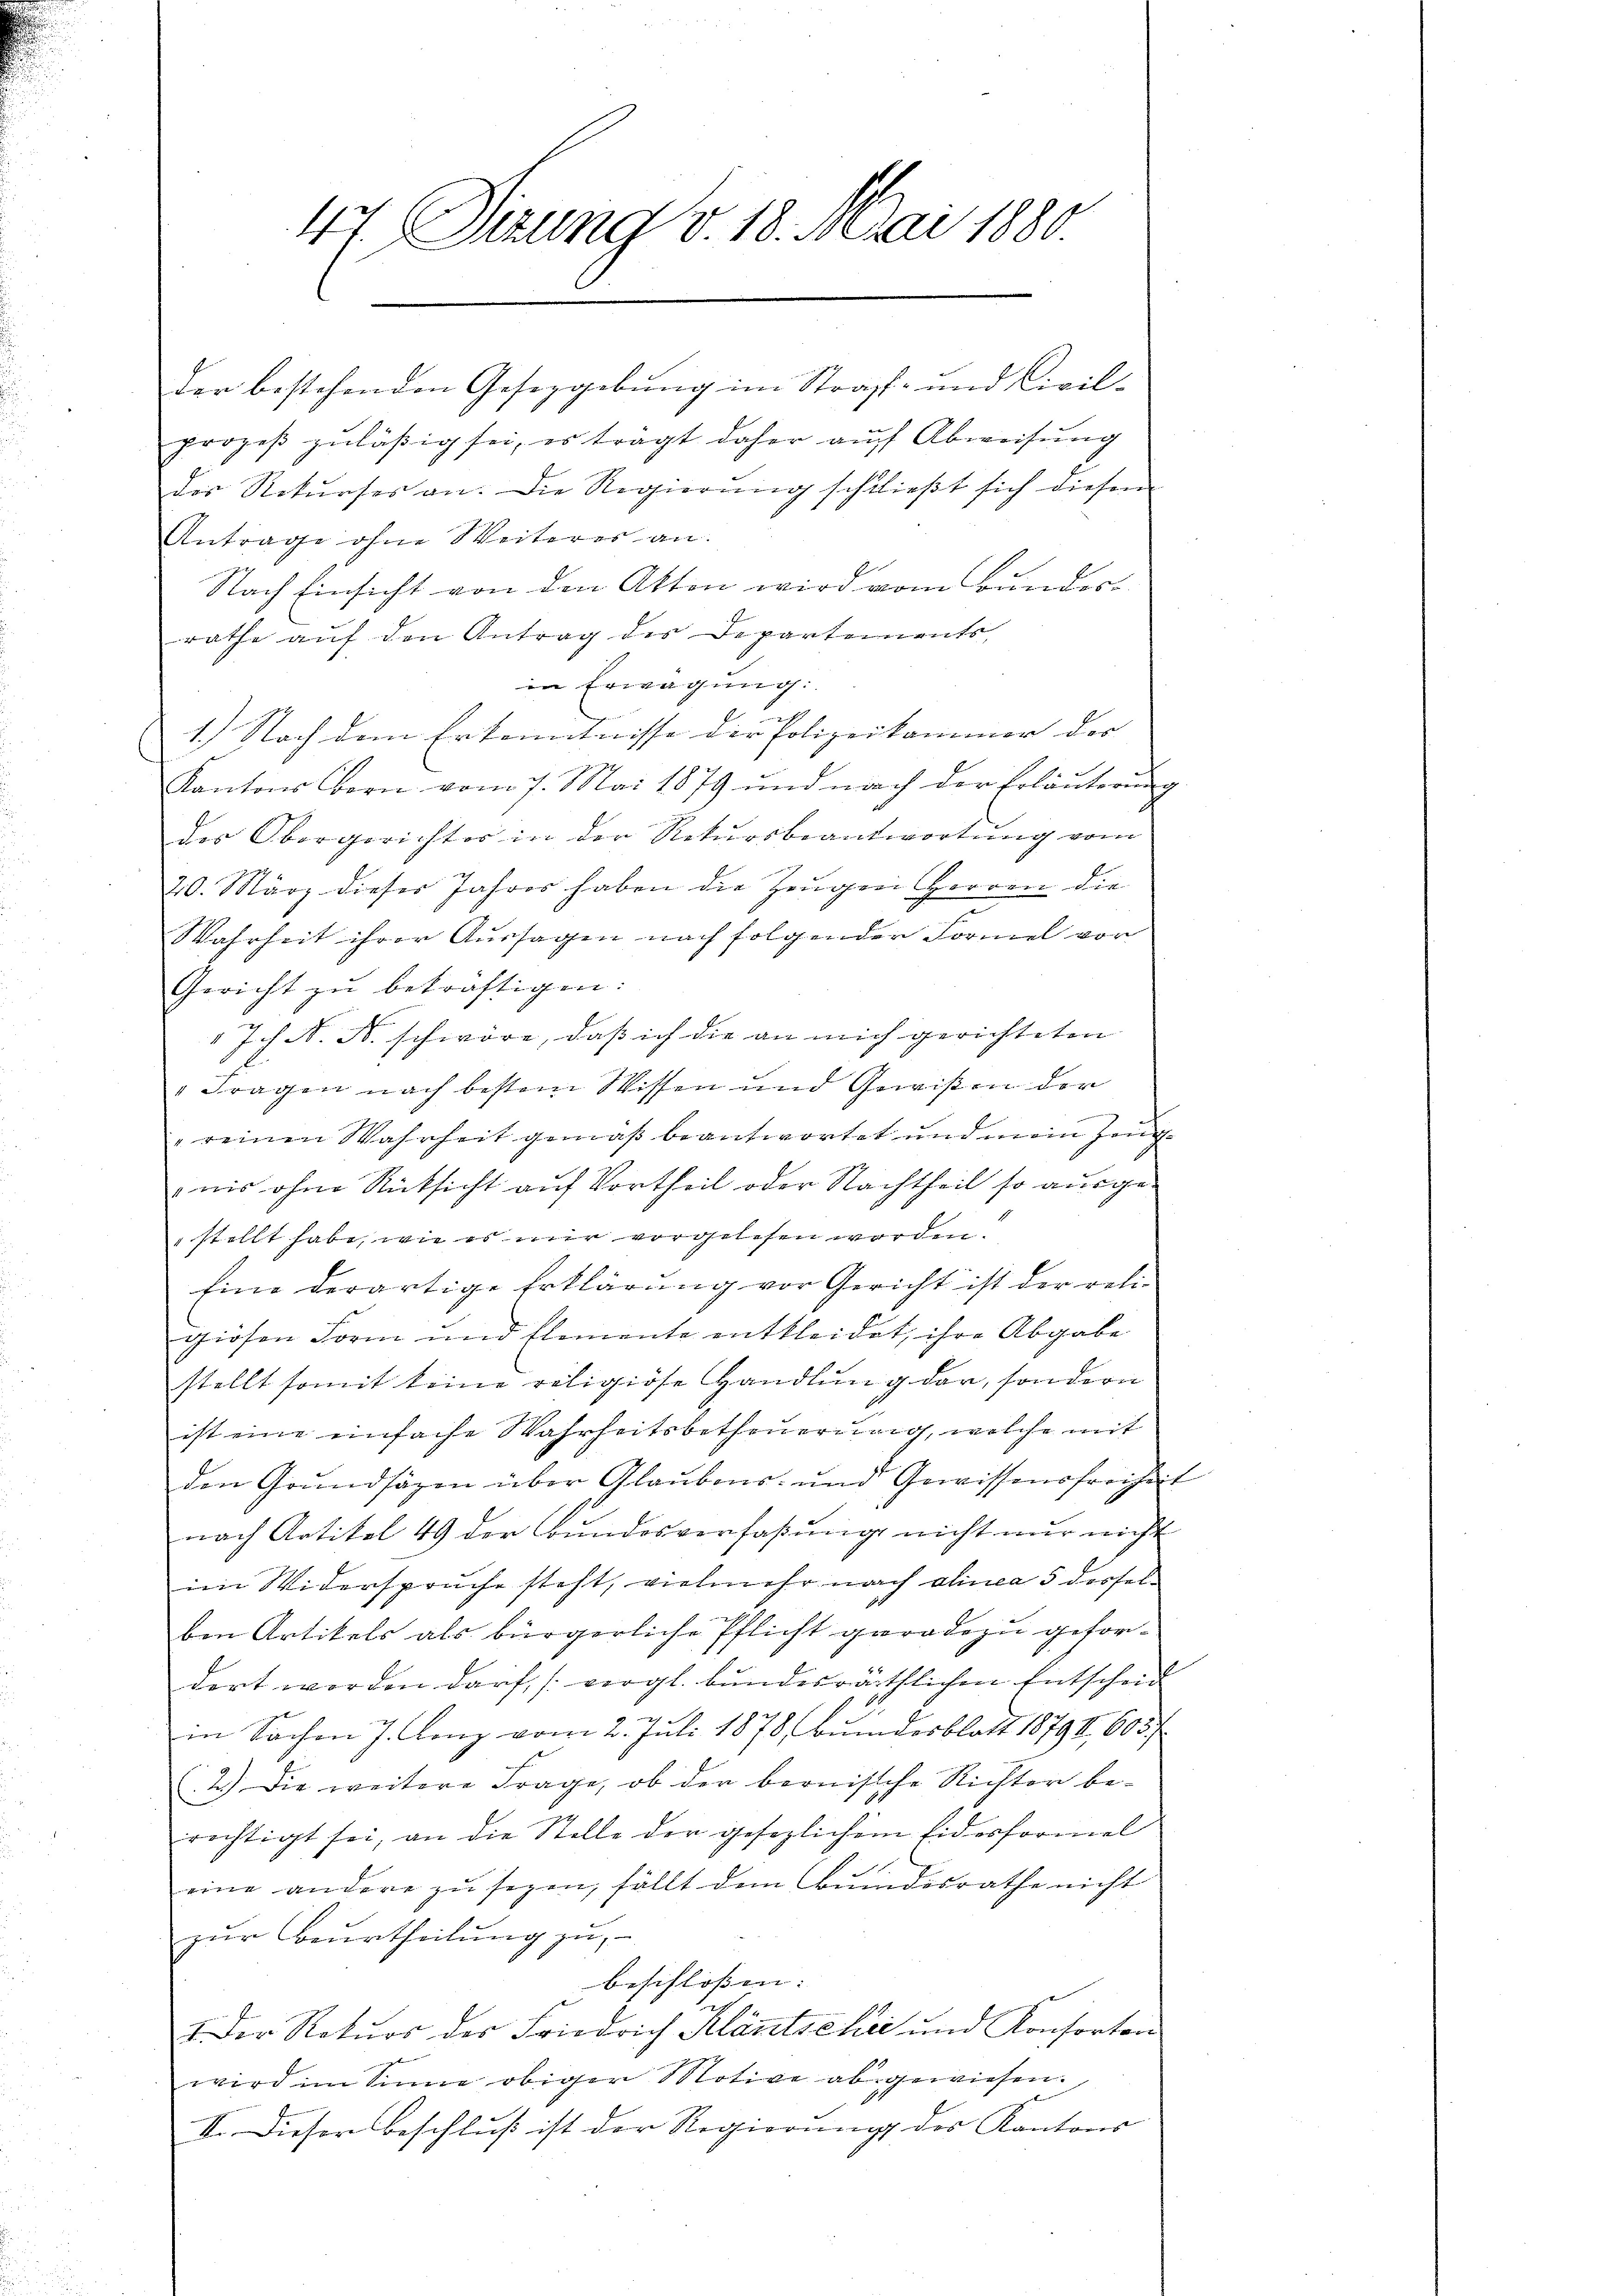
47 Sizung v. 18. Mai 1880.

der bestehenden Gesetzgebung im Straf- und Civil-
prozeβ zuläßig sei, es trägt daher auch Abweisung
das Rekurses an. Die Regierung schließt sich diesem
Antrage ohne Weiteres an.
Nach Einsicht von den Akten wird vom Bundes-
rathe auf den Antrag des Departements,
in Erwägung:
u
1.) Nach dem Erkenntnisse der Polizeikammer der |
Kantons Corn vom 7. Mai 1879 und nach der Erläuterŭng
des Obergerichter in der Rekursbeantwortung vom
20. März dieser Jahres haben die Zeugen Herren die
Wahrheit ihrer Aussagen nach folgender Formel vor
Gericht zu bekräftigen:
Ich. N. N. schwäre, daß ich die an mich gerichteten
" Fragen nach bestem Wissen und Gewißen der

reinen Wahrheit gemäß beantwortet und mein Zeugnis ohne Rücksicht auf Vortheil oder Nachtheil so ausge-
stellt habe, wie es mir vorgelesen worden.
Eine derartige Erklärung vor Gericht ist der reli-
giösen Form und Elemente entkleidet, ihre Abgabe
stellt somit keine religiöse Handlung der, sondern
ist eine einfache Wahrheitsbetheuerung, welche mit
den Grundsätzen über Glaubens- und Gewissensfreiheit
nach Artikel 49 der Bundesverfaßungs nicht nur nicht
im Widerspruche steht, vielmehr nach alinea 5 derselben Artikels als bürgerliche Pflicht geradezu gefordert worden darf, (vergl. bundesräthlichen Entscheid
in Sachen J. Glanz vom 2. Juli 1878, Bundesblatt 18791, 603 f
(2.) Die weitere Frage, ob der bernische Richter berechtigt sei, an die Stelle der gesezlichem Eidesformel
n
eine andere zu sezen, fällt dem Bundesrathe nicht
zur Beurtheilung zu,
beschloßen:
I. Der Rotŭos der Friedrich Kläntscher und Konsorten
wird im Sinne obiger Motive abgewiesen.
VI. Dieser Beschluß ist der Regierung der Kantons